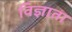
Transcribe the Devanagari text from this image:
विज्ञाता